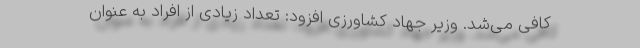
کافی می‌شد. وزیر جهاد کشاورزی افزود: تعداد زیادی از افراد به عنوان